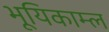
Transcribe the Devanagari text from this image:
भूयिकाम्ल